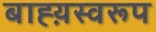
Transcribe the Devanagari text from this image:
बाह्य़स्वरूप